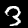
Label: 3